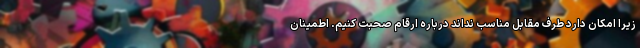
زیرا امکان دارد طرف مقابل مناسب نداند درباره ارقام صحبت کنیم. اطمینان